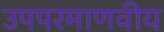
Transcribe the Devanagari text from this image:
उपपरमाणवीय